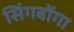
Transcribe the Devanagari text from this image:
सिंगबोंगा